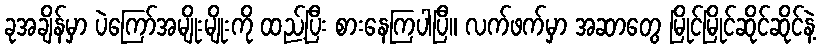
ခုအချိန်မှာ ပဲကြော်အမျိုးမျိုးကို ထည့်ပြီး စားနေကြပါပြီ။ လက်ဖက်မှာ အဆာတွေ မြိုင်မြိုင်ဆိုင်ဆိုင်နဲ့